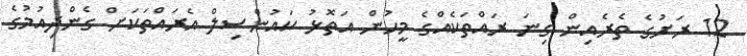
12 ރަށުގެ ތެރެއިން ގިނަ ރައްތަކެއްގެ މީހުން އަތޮޅު ކައުންސިލް އެރައްތަކަށް ގެންދިއުމުގެ